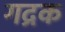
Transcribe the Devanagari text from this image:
गद्रक